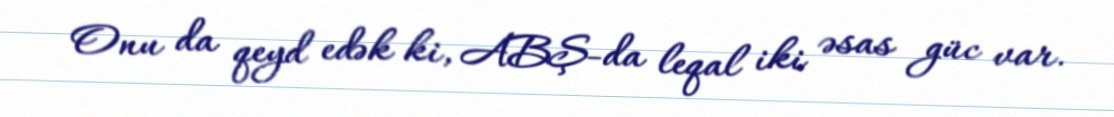
Onu da qeyd edək ki, ABŞ-da leqal iki əsas güc var.